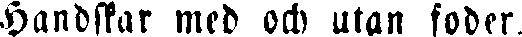
Handskar med och utan foder.